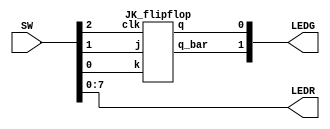
module lab2_task4(SW,LEDR,LEDG);
	input [17:0] SW;
	output [7:0] LEDR;
	output [17:0] LEDG;
	assign LEDR=SW;
	JK_flipflop DUT(.clk(SW[2]), .j(SW[1]),.k(SW[0]),.q(LEDG[0]),.q_bar(LEDG[1]));
endmodule


module JK_flipflop (
  input clk, rst_n,
  input j,k,
  output reg q,
  output q_bar
  );
  
  // always@(posedge clk or negedge rst_n) // for asynchronous reset
  always@(posedge clk) begin // for synchronous reset
    if(rst_n) q <= 0;
    else begin
      case({j,k})
        2'b00: q <= q;    // No change
        2'b01: q <= 1'b0; // reset
        2'b10: q <= 1'b1; // set
        2'b11: q <= ~q;   // Toggle
      endcase
    end
  end
  assign q_bar = ~q;
endmodule